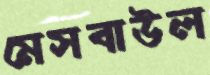
মেসবাউল